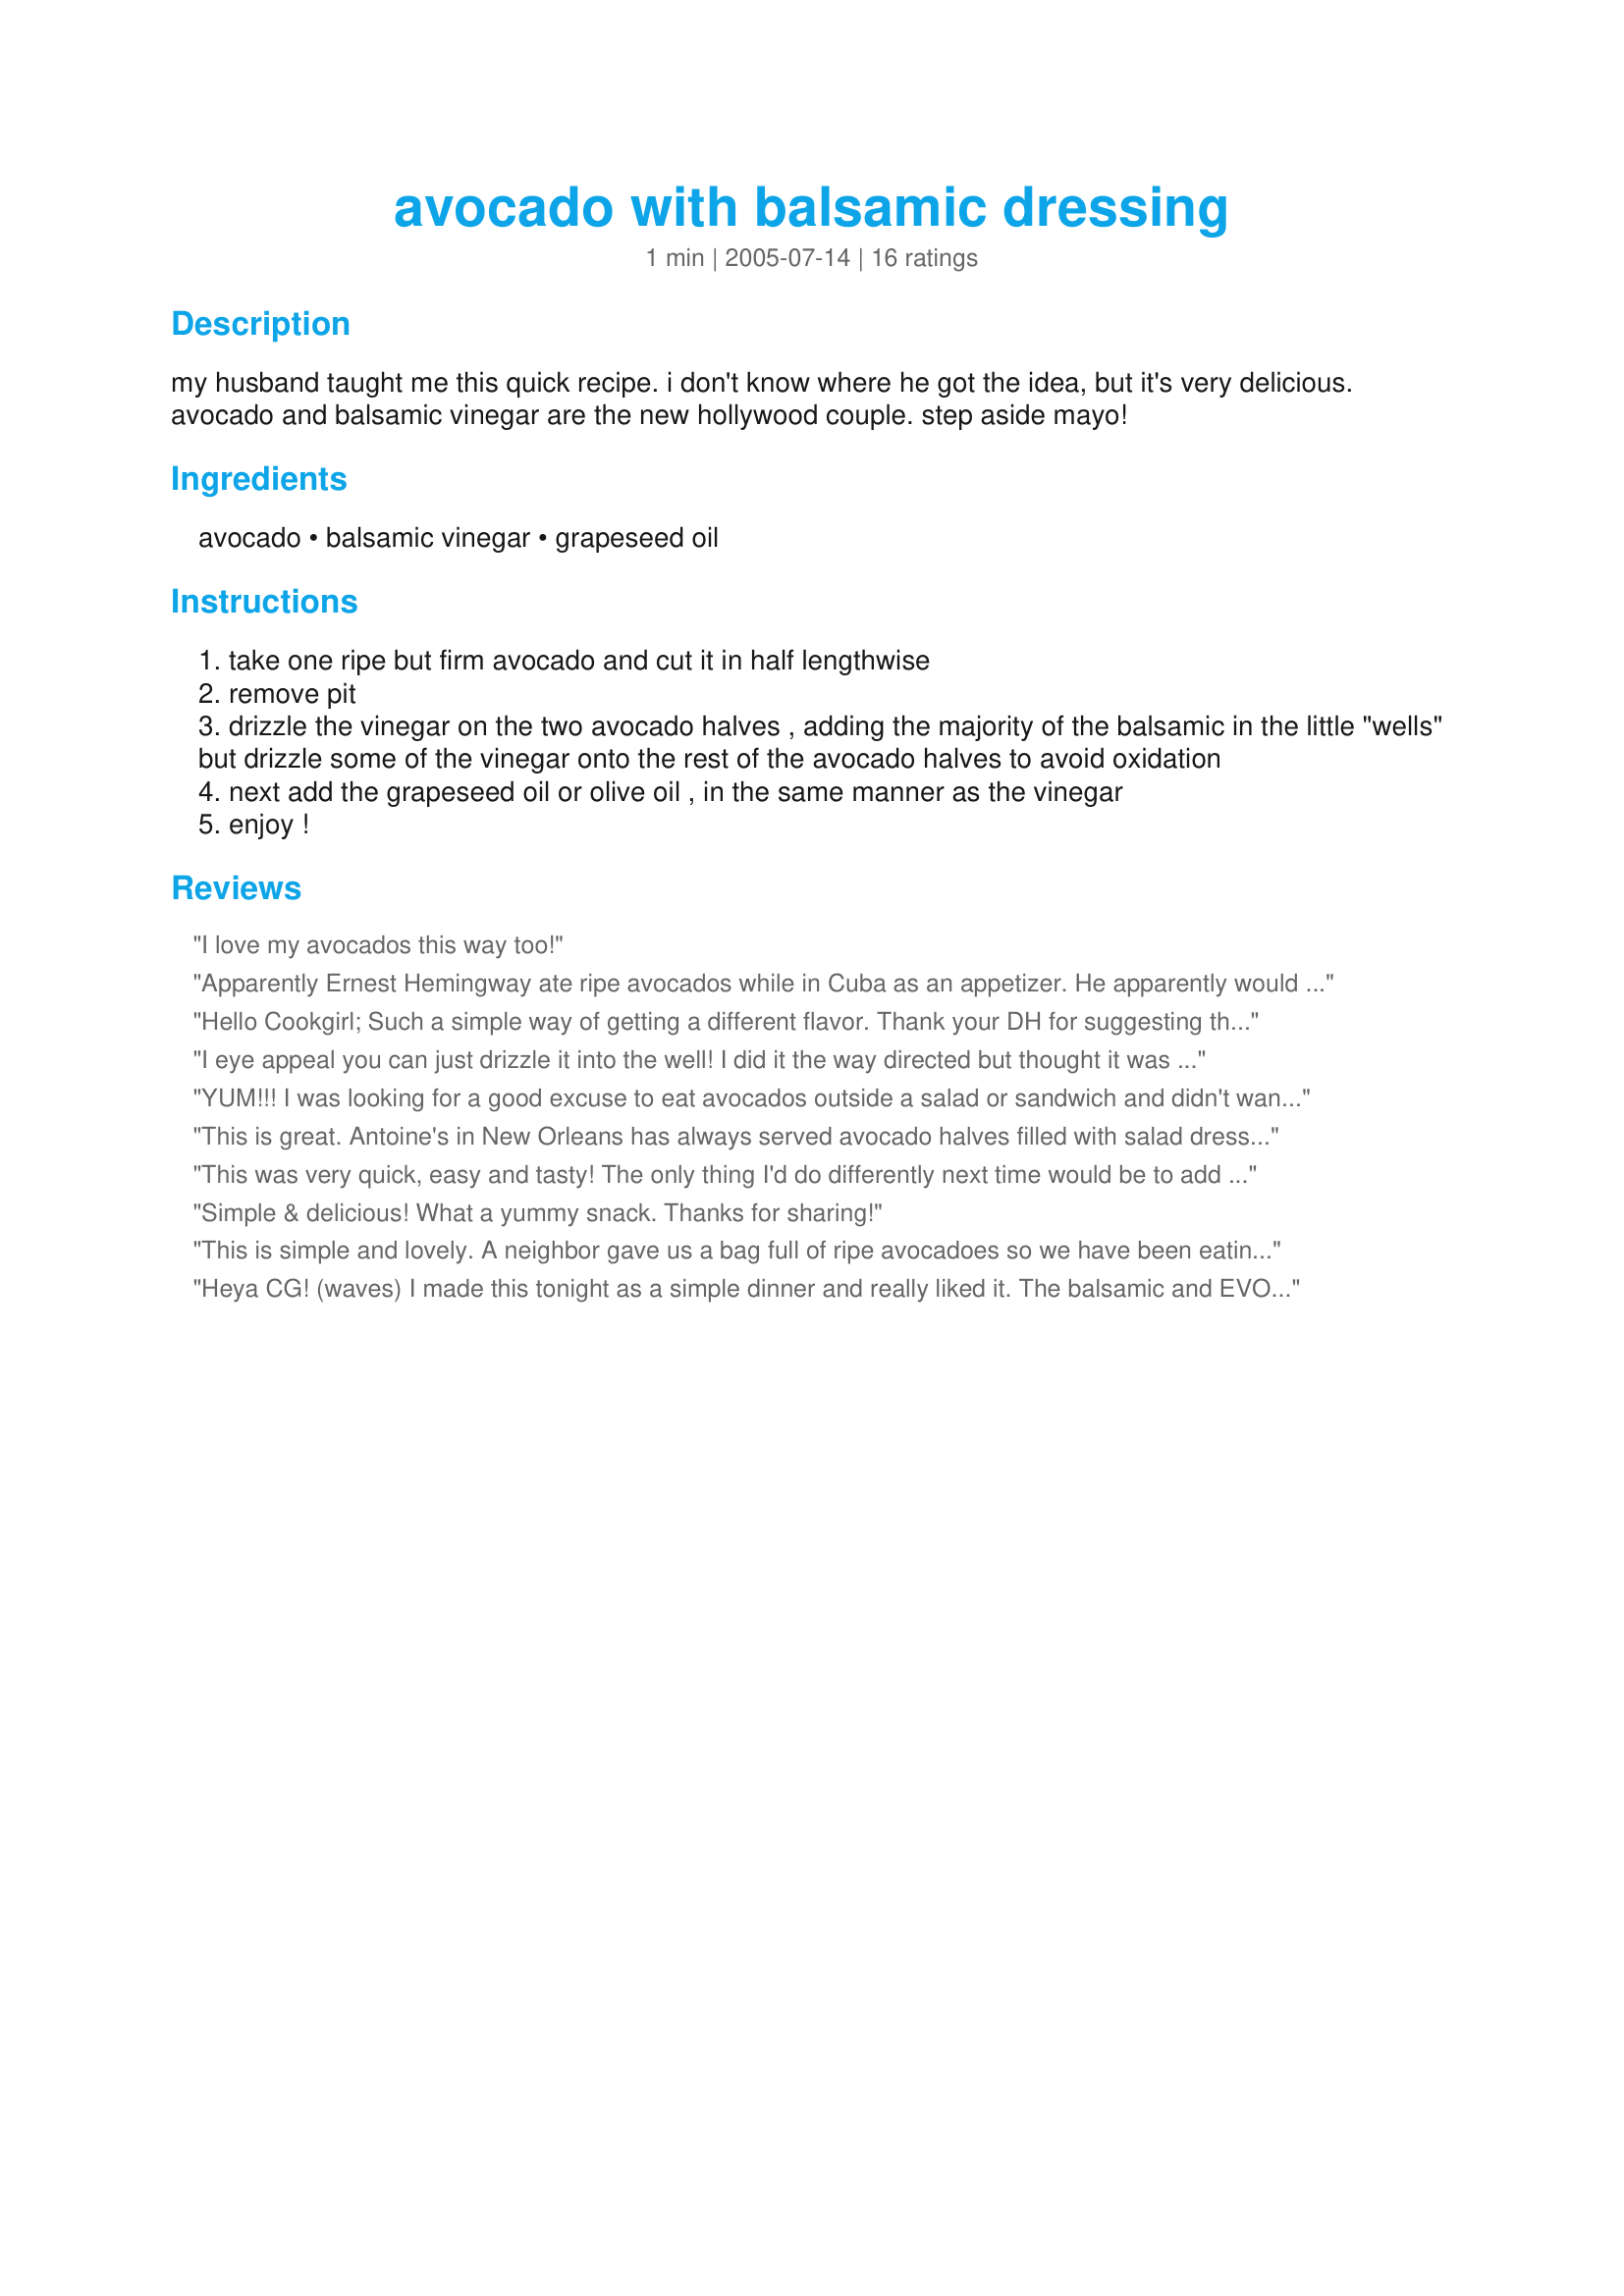
avocado with balsamic dressing
Preparation time: 1 minutes

my husband taught me this quick recipe. i don't know where he got the idea, but it's very delicious. avocado and balsamic vinegar are the new hollywood couple. step aside mayo!

Ingredients:
avocado, balsamic vinegar, grapeseed oil

Steps:
take one ripe but firm avocado and cut it in half lengthwise
remove pit
drizzle the vinegar on the two avocado halves , adding the majority of the balsamic in the little "wells" but drizzle some of the vinegar onto the rest of the avocado halves to avoid oxidation
next add the grapeseed oil or olive oil , in the same manner as the vinegar
enjoy !

Reviews:
I love my avocados this way too!
Apparently Ernest Hemingway ate ripe avocados while in Cuba as an appetizer. He apparently would halve them and drizzle vinagrette dressing over them.
Hello Cookgirl;
Such a simple way of getting a different flavor. Thank your DH for suggesting this.
I used 12 year old balsamic vinegar an grapeseed oil. Just fantastic, we really enjoy avocados.
Thank you for sharing.
"Uncle Bill"
I eye appeal you can just drizzle it into the well! I did it the way directed but thought it was not eye appealing! I have Fusion Avocado! Recipe #128746 posted and never worry about it turning brown. As in this case it will be brown from the vinegar.Unless you can find white balsamic. This was good I do favor mine but still this is 5 stars! I skipped the optional oil being avocados are high in fat!
YUM!!! I was looking for a good excuse to eat avocados outside a salad or sandwich and didn't want to be so uncivilized as to chomp into it like a peach... This appears to be a legitimate dish for sophisticated diners. Thanks for the delicious facade!
This is great. Antoine's in New Orleans has always served avocado halves filled with salad dressing. I like it with the plain old bottled Italian dressing in it,too. I guess there is no way you could screw up an avocado!! I have been known to eat them with a spoon, without anything in them.
This was very quick, easy and tasty! The only thing I'd do differently next time would be to add some salt and pepper like I usually do. Thank you!
Simple & delicious! What a yummy snack. Thanks for sharing!
This is simple and lovely. A neighbor gave us a bag full of ripe avocadoes so we have been eating them at all meals, basically. I tried this out for a quick lunch the other day and I was surprised at how great it was. Thanks for posting!
Heya CG! (waves) I made this tonight as a simple dinner and really liked it. The balsamic and EVOO brought a new taste sensation to the light tasting avocado. YUM. :)
I did it Rita L's way and couldn't have been more pleased. The best things are simple, don't you think?
Lovely and super simple snack. I have had this a few times and have been leaving out the oil and adding black pepper. It is also good with chopped tomatoes. Yummy!
This is our new favorite way to serve avocados. We usually skip the oil and use a high grade basalmic vinegar. A wonderful blend of flavors!
this is a brilliant way to have avocado!!!, I do have a suggestion though.
I always put "criss-cross" cuts in the flesh, so that the vinegar gets down to the bottom. I dont use olive oil, but I have served this as an entree, with very finely shredded (tossed in olive oil) lettuce on top :)
I skipped the oil as well and just used the balsamic. Very nice flavors- complimented each other well.
Very good! I did add some Penzey's shallot salt & mignonette pepper. I would also recommend eating this delight with some crusty bread to dip in the EVOO/vinegar mix. Thanks for posting.
